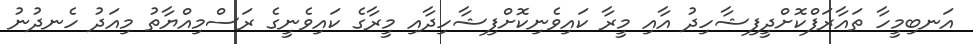
އަނބިމީހާ ތައާރަފްކޮށްދީފިޝާހިދު އާއި މީރާ ކައިވެނިކޮށްފިޝާހިދާއި މީރާގެ ކައިވެނީގެ ރަސްމިއްޔާތު މިއަދު ހެނދުނު